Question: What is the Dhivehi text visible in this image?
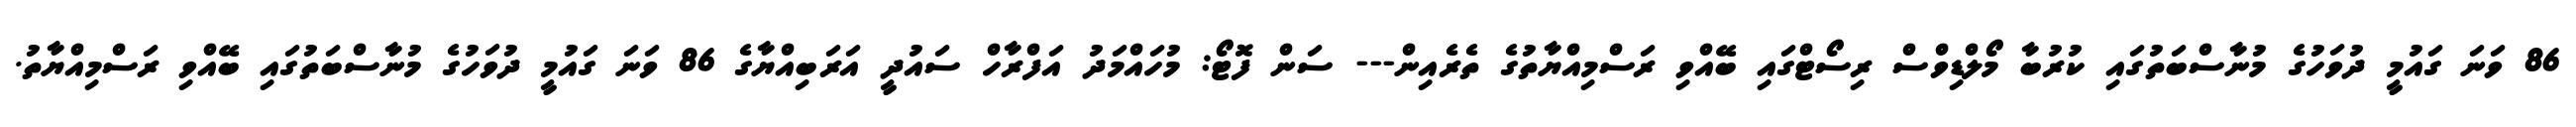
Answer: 86 ވަނަ ގައުމީ ދުވަހުގެ މުނާސްބަތުގައި ކުރުބާ މޯލްޑިވްސް ރިސޯޓްގައި ބޭއްވި ރަސްމިއްޔާތުގެ ތެރެއިން--- ސަން ފޮޓޯ: މުހައްމަދު އަފްރާހް ސައުދީ އަރަބިއްޔާގެ 86 ވަނަ ގައުމީ ދުވަހުގެ މުނާސްބަތުގައި ބޭއްވި ރަސްމިއްޔާތު.